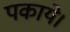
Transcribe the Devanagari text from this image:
पकाये।